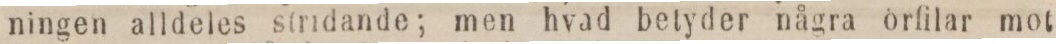
ningen alldeles stridande; men hvad betyder några örfilar mot